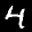
Label: 4